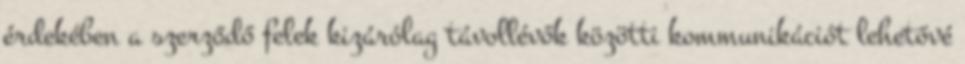
érdekében a szerződő felek kizárólag távollévők közötti kommunikációt lehetővé